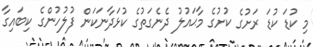
މި ކުޑަ ކުޑަ ރަށުގެ ކުށުގެ މާޙައުލު ދެނެގަތުގެ ކުޅަދާނަކަން ފުލުހުންގެ ކިބައިގާ